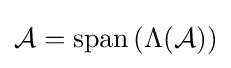
{\mathcal {A}}=\operatorname {span} \left(\Lambda ({\mathcal {A}}\right))